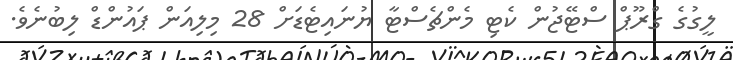
ލީގުގެ ގްރޫޕް ސްޓޭޖުން ކެޓި މެންޗެސްޓާ ޔުނައިޓެޑަށް 28 މިލިއަން ޕައުންޑް ލިބުނެވެ.